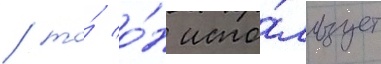
/ то́ о́н испо́льзует